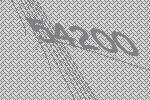
54200